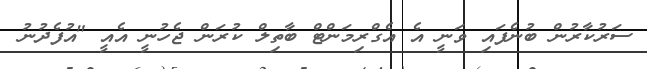
ސަރުކާރުން ބުނެފައި ވަނީ އެ އެގްރިމަންޓް ބާތިލް ކުރަން ޖެހުނީ އެއީ "އުފެދުނު